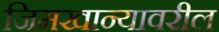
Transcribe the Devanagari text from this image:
जिमखान्यावरील